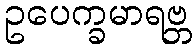
ဥပေက္ခမာရဗ္ဘ